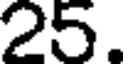
25.